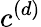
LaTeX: c^{(d)}